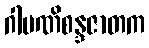
ဂါမဏိစန္ဒဇာတက